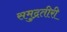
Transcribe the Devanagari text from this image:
समुद्रतीरी